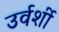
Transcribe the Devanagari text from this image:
उर्वर्शी